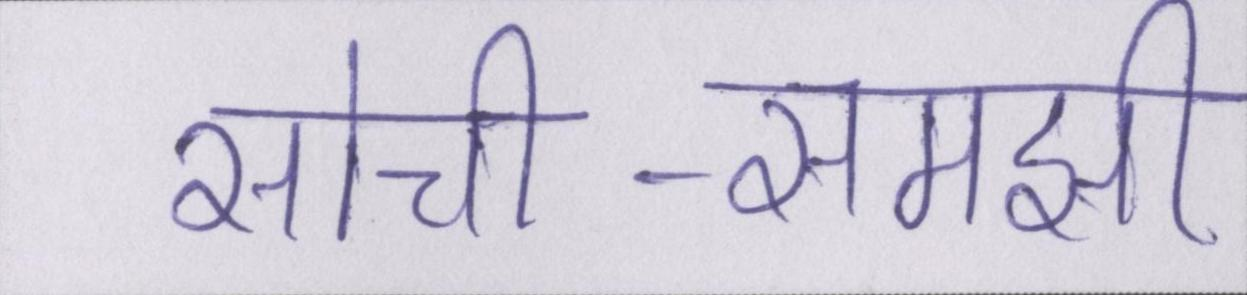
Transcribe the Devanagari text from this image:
सोची-समझी